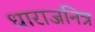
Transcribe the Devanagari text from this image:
धाराजनित्र